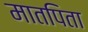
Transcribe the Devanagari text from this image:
मातपिता